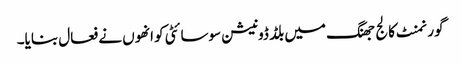
گورنمنٹ کالج جھنگ میں بلڈ ڈونیشن سوسائٹی کو انھوں نے فعال بنایا۔